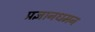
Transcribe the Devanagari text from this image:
प्रज्ञानधमन